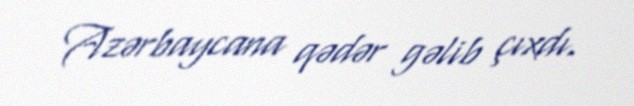
Azərbaycana qədər gəlib çıxdı.